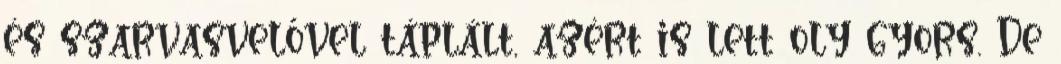
és szarvasvelővel táplált, azért is lett oly gyors. De